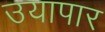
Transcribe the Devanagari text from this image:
उयापार